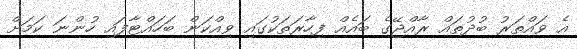
އެ ވައްތަރު ބުދުތައް ރާއްޖޭގެ ބައެއް ފިހާރަތަކުގައި ވިއްކަން ބަހައްޓާފައި ހުންނަ ކަމަށް